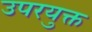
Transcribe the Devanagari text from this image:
उपरयुक्त